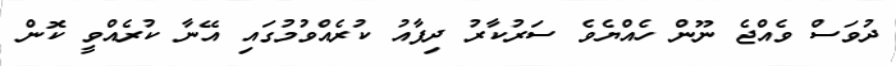
ދުވަސް ވެއްޖެ ނޫން ހެއްޔެވެ ސަރުކާރު ދިފާއު ކުރެއްވުމުގައި އޭނާ ކުރެއްވީ ކޮން